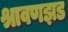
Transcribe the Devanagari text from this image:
श्रावणझड